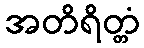
အတိရိတ္တံ